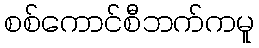
စစ်ကောင်စီဘက်ကမူ